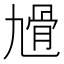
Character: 𩨔